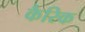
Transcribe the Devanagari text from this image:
कैरिक